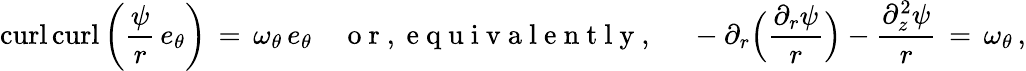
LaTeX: \mathop{\mathrm{curl}}\mathop{\mathrm{curl}}\left(\frac{\psi}{r}\, e_{\theta}\right)\, =\, \omega_{\theta}\, e_{\theta}\quad\mathrm{~o~r~,~e~q~u~i~v~a~l~e~n~t~l~y~,~}\quad-\partial_{r}\Bigl(\frac{\partial_{r}\psi}{r}\Bigr)-\frac{\partial_{z}^{2}\psi}{r}\, =\, \omega_{\theta}\, ,